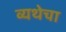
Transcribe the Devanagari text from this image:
व्यथेचा